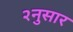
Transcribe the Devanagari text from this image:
२नुसार